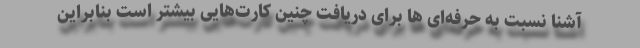
آشنا نسبت به حرفه‌ای ها برای دریافت چنین کارت‌هایی بیشتر است بنابراین